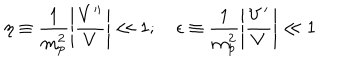
\eta \equiv \frac { 1 } { m _ { p } ^ { 2 } } \left| \frac { V ^ { \prime \prime } } { V } \right| \ll 1 ; ~ \epsilon \equiv \frac { 1 } { m _ { p } ^ { 2 } } \left| \frac { V ^ { \prime } } { V } \right| \ll 1